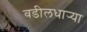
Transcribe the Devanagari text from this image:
वडीलधार्‍या